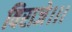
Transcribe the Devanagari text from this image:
विराजे।।।